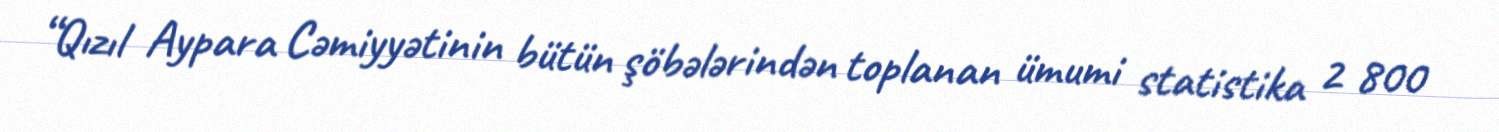
“Qızıl Aypara Cəmiyyətinin bütün şöbələrindən toplanan ümumi statistika 2 800